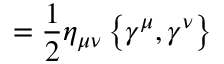
= { \frac { 1 } { 2 } } \eta _ { \mu \nu } \left\{ \gamma ^ { \mu } , \gamma ^ { \nu } \right\}